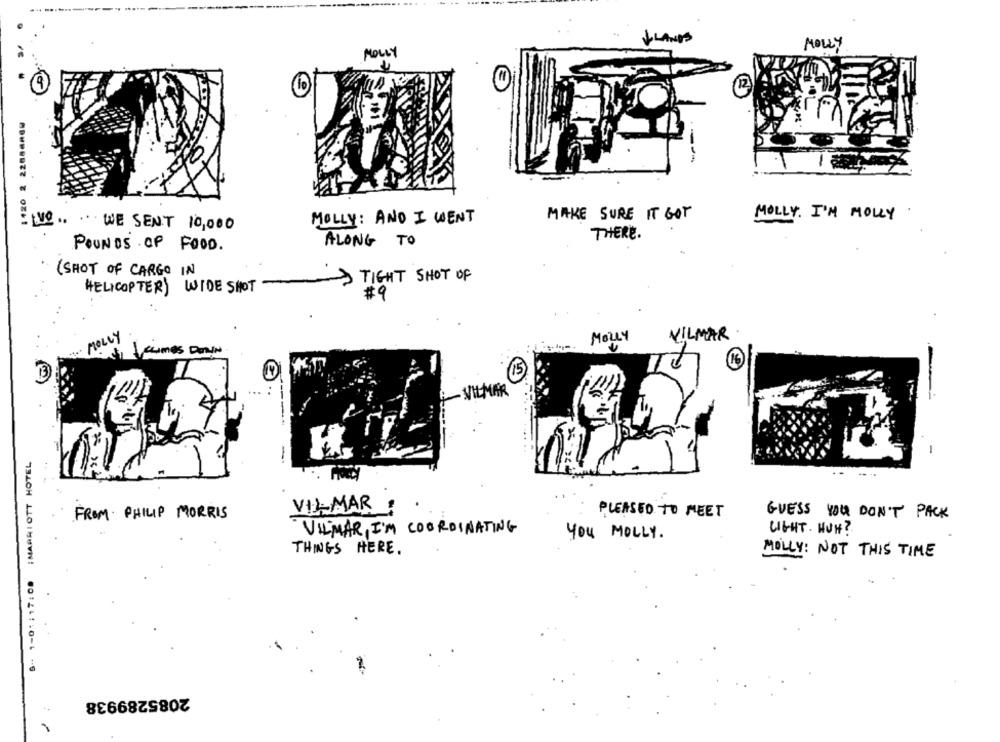
LLANOS
MOLLY
MOLLY
10
12
1120 2 22888869
MAKE SURE IT GOT
MOLLY. I'M MOLLY
IV
MOLLY: AND I WENT
... WE SENT 10,000
THERE.
ALONG TO
POUNDS OF FOOD.
( SHOT OF CARGO IN
TIGHT SHOT OF
WIDE SHOT
HELICOPTER)
#9
MOLLY
MOLLY
VILMAR
Veamos DOWN
-
16
IT
VILMAR
S -- 1-01:17:08 :MARRIOTT HOTEL
VIL-MAR
PLEASED TO MEET
FROM PHILIP MORRIS
GUESS YOU DON'T PACK
VILMAR, I'M COORDINATING
LIGHT. HUH?
You MOLLY.
THINGS HERE .
MOLLY: NOT THIS TIME
2085289938